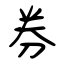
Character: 券